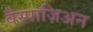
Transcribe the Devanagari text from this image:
वैस्पाज़िअन